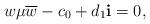
LaTeX: \begin{align*}w\mu\overline{w}-c_{0}+d_{1}{\bf i}=0,\end{align*}